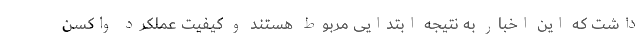
داشت که این اخبار به نتیجه ابتدایی مربوط هستند و کیفیت عملکرد واکسن